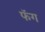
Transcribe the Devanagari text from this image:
फॅग